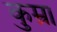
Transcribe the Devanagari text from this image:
कुम्रा